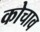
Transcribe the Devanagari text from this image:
कोचाव